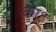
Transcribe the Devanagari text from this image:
का॰